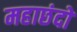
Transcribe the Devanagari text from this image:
महाछंदों